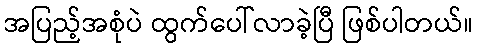
အပြည့်အစုံပဲ ထွက်ပေါ်လာခဲ့ပြီ ဖြစ်ပါတယ်။